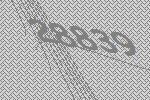
28839